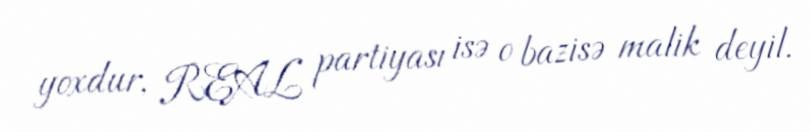
yoxdur, REAL partiyası isə o bazisə malik deyil.